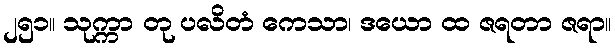
၂၅၁။ သုက္ကာ တု ပလိတံ ကေသာ၊ ဒယော ထ ဇရတာ ဇရာ။